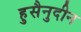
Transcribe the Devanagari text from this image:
हुसैनुदीन